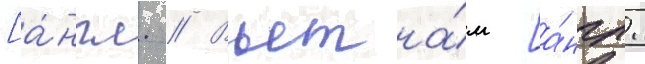
[а́нгл. // Вьетна́м [а́нгл.